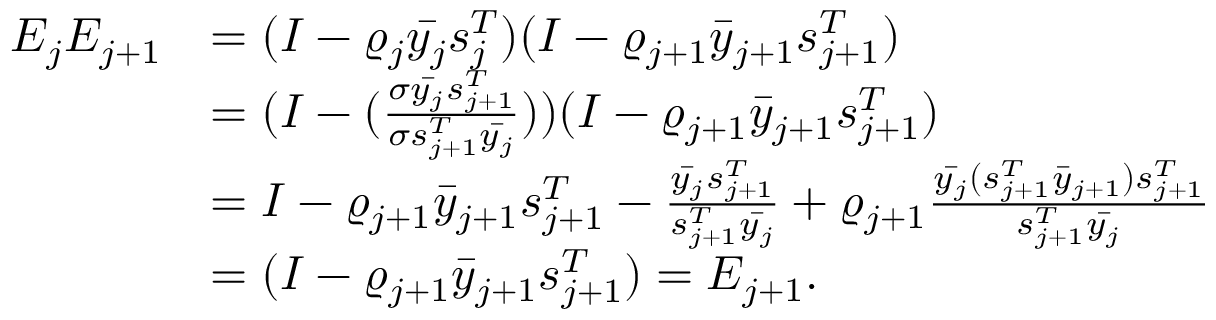
\begin{array} { r l } { E _ { j } E _ { j + 1 } } & { = ( I - \varrho _ { j } \bar { y _ { j } } s _ { j } ^ { T } ) ( I - \varrho _ { j + 1 } \bar { y } _ { j + 1 } s _ { j + 1 } ^ { T } ) } \\ & { = ( I - ( \frac { \sigma \bar { y _ { j } } s _ { j + 1 } ^ { T } } { \sigma s _ { j + 1 } ^ { T } \bar { y _ { j } } } ) ) ( I - \varrho _ { j + 1 } \bar { y } _ { j + 1 } s _ { j + 1 } ^ { T } ) } \\ & { = I - \varrho _ { j + 1 } \bar { y } _ { j + 1 } s _ { j + 1 } ^ { T } - \frac { \bar { y _ { j } } s _ { j + 1 } ^ { T } } { s _ { j + 1 } ^ { T } \bar { y _ { j } } } + \varrho _ { j + 1 } \frac { \bar { y _ { j } } ( s _ { j + 1 } ^ { T } \bar { y } _ { j + 1 } ) s _ { j + 1 } ^ { T } } { s _ { j + 1 } ^ { T } \bar { y _ { j } } } } \\ & { = ( I - \varrho _ { j + 1 } \bar { y } _ { j + 1 } s _ { j + 1 } ^ { T } ) = E _ { j + 1 } . } \end{array}